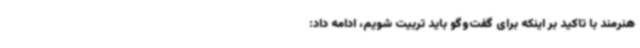
هنرمند با تاکید بر اینکه برای گفت‌وگو باید تربیت شویم، ادامه داد: